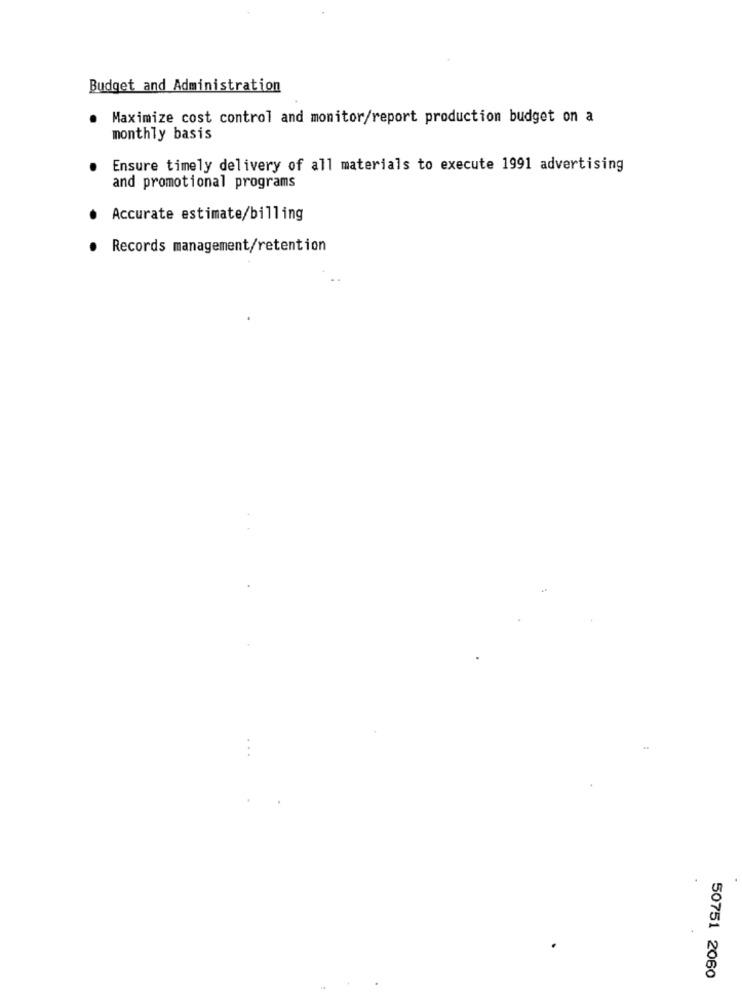
Budget and Administration
Maximize cost control and monitor/report production budget on a
monthly basis
Ensure timely delivery of all materials to execute 1991 advertising
and promotional programs
Accurate estimate/billing
Records management/retention
50751 2060